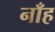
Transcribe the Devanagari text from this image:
नाँह